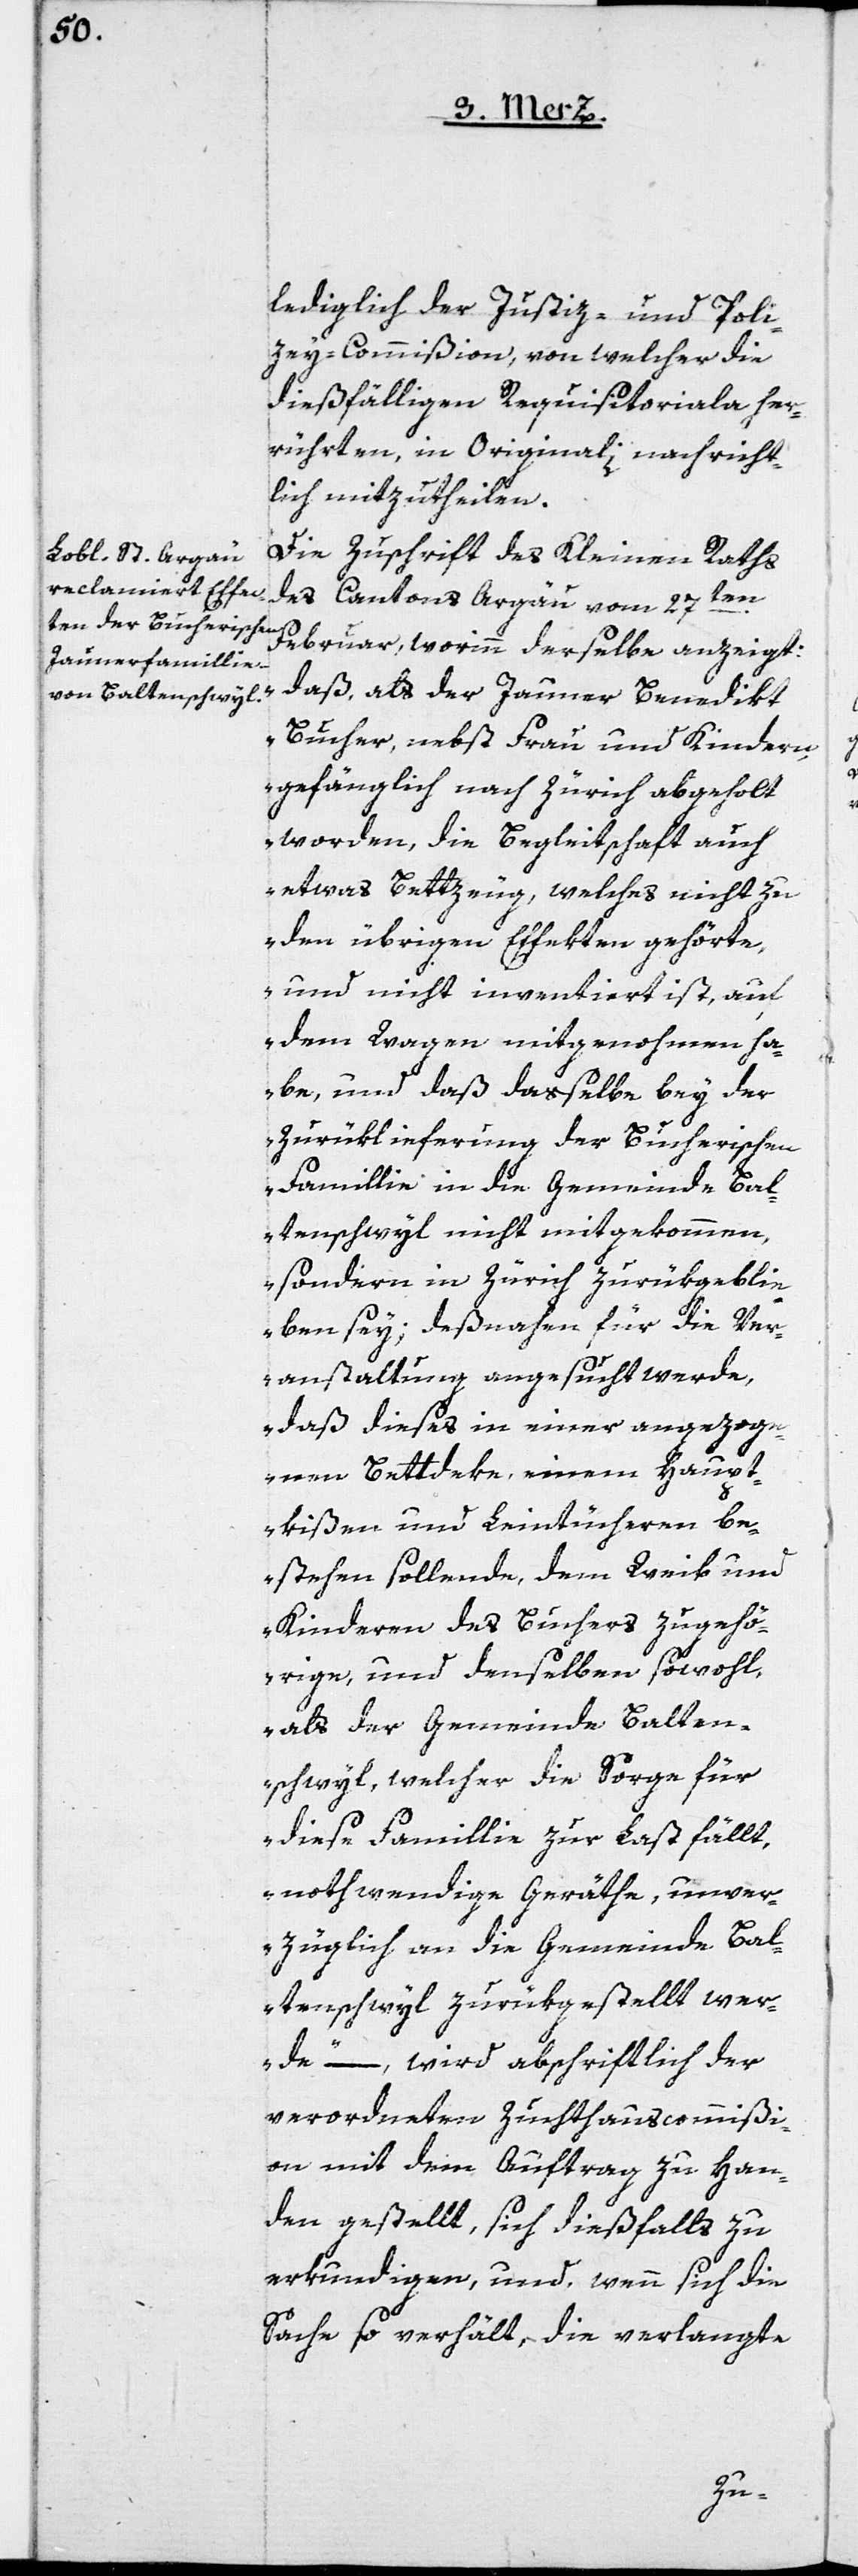
lediglich der Justiz- und Poli¬
zey-Commißion, von welcher die
dießfälligen Requisitoriala her¬
rührten, in Originali nachricht¬
lich mitzutheilen.
Die Zuschrift des Kleinen Raths
des Cantons Argäu vom 27ten
Februar, worinn derselbe anzeigt:
„daß, als der Jauner Benedikt
Bucher, nebst Frau und Kindern,
gefänglich nach Zürich abgeholt
worden, die Begleitschaft auch
etwas Bettzeug, welches nicht zu
den übrigen Effekten gehörte,
und nicht inventiert ist, auf
dem Wagen mitgenohmen ha¬
ben, und daß dasselbe bey der
Zurüklieferung der Bucherischen
Famillie in die Gemeinde Bal¬
tenschwyl nicht mitgekommen,
sondern in Zürich zurükgebli¬
eben sey; deßnahen für die Ver¬
anstaltung angesucht werde,
daß dieses in einer angezoge¬
nen Bettdecke, einem Haupt¬
kißen und Leintücheren be¬
stehen sollende, dem Weib und
Kinderen des Buchers zugehö¬
rige, und denselben sowohl,
als der Gemeinde Balten¬
schwyl, welcher die Sorge für
diese Famillie zur Last fällt,
nothwendige Geräthe, unver¬
züglich an die Gemeinde Bal¬
tenschwyl zurükgestellt wer¬
de“, – wird abschriftlich der
verordneten Zuchthauscommißi¬
on mit dem Auftrag zu Han¬
den gestellt, sich dießfalls zu
erkundigen, und, wenn sich die
Sache so verhält, die verlangte